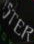
STER